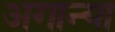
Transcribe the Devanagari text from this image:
अगान्या